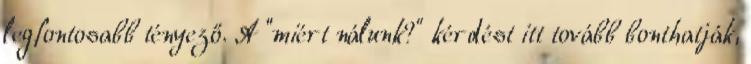
legfontosabb tényező. A “miért nálunk?” kérdést itt tovább bonthatják,